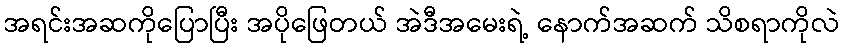
အရင်းအဆကိုပြောပြီး အပိုဖြေတယ် အဲဒီအမေးရဲ့ နောက်အဆက် သိစရာကိုလဲ